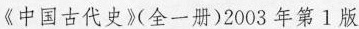
《中国古代史》(全一册)2003年第1版